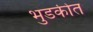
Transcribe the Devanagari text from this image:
भुडकीत